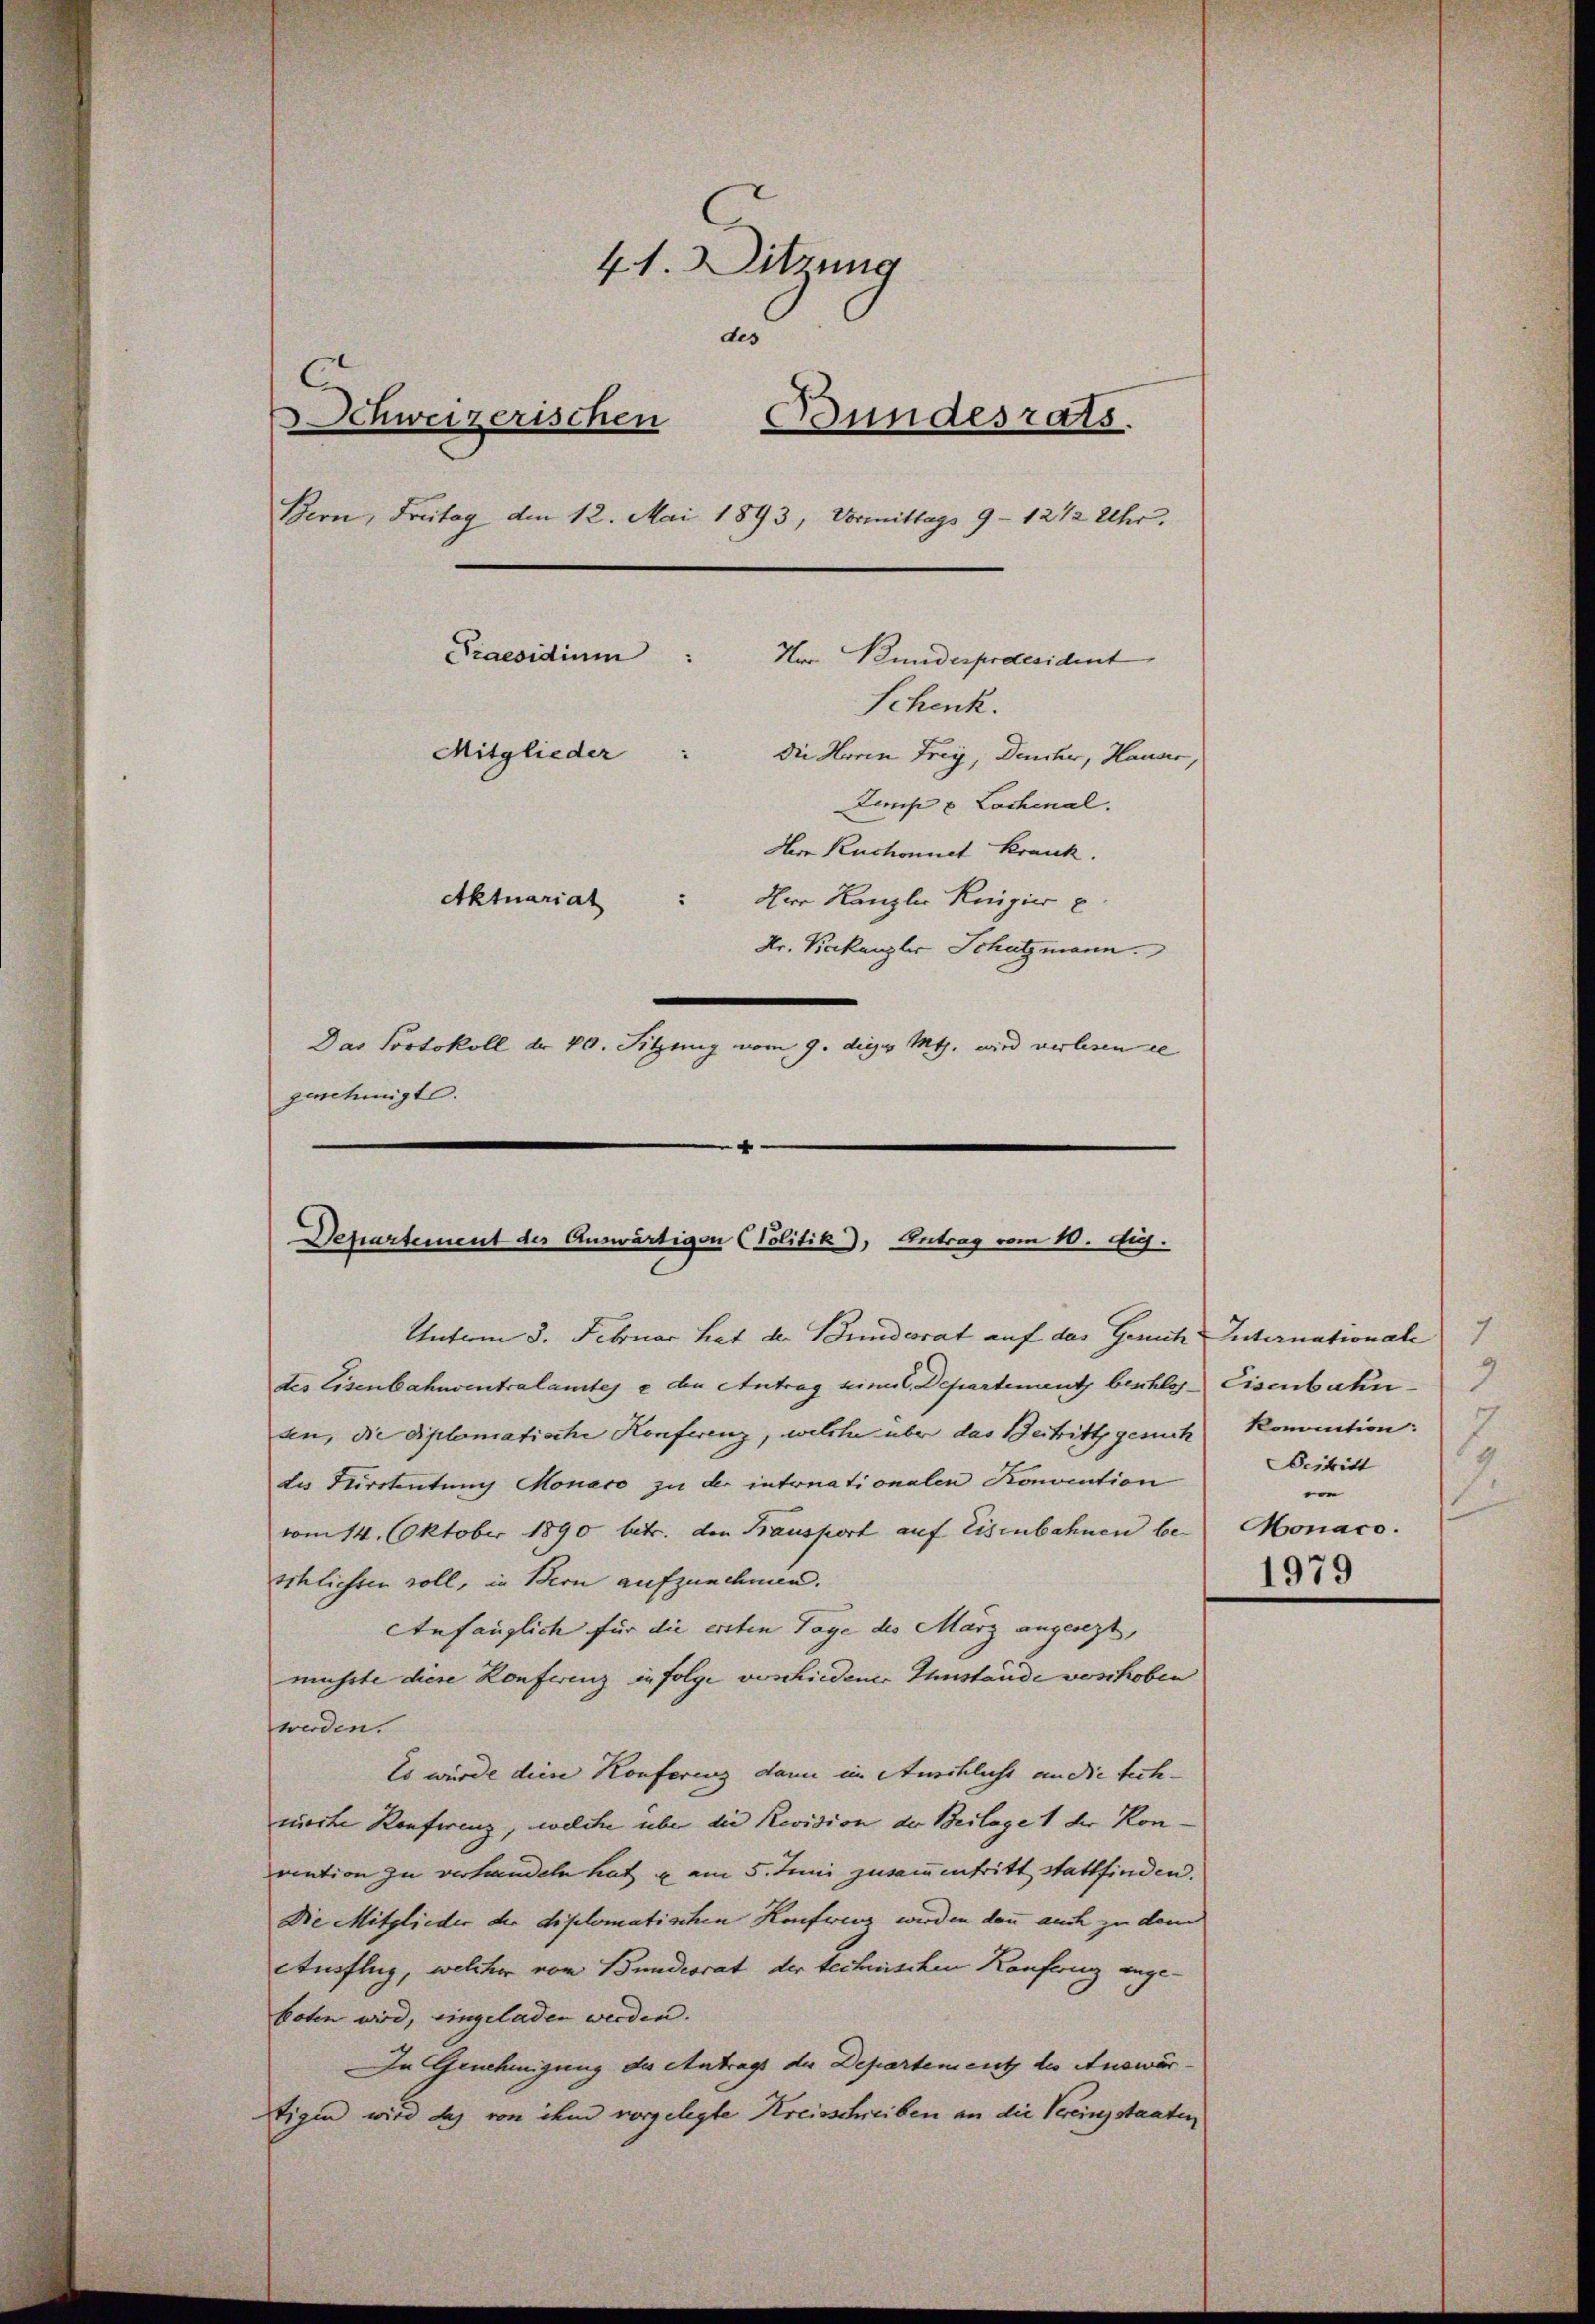
41. Sitzung
des
C.
Schweizerischen
Bundesrats.
Bern, Freitag den 12. Mai 1893, Vormittags 9 - 1212 Uhr.
Praesidium
Nor Bunderpraesident
Schenk.
Mitglieder
die Horen Frey, Deucher, Hauser,
Lumpe u Lachenal.
Hrn Ruchonnet Krank.
Aktuariat
Der Kanzlei Regier E
kr. Kakanzler Schatzmann.
Das Portokoll der 20. Sitzung vom 9. die M. wird verlesen de
genehmigte.

Unterm 3. Februar hat der Bundesrat auf das Gerich
des Eisenbahnventralamtes e den Antrag seines C. Departement beschlos Eisenbahnsen, die Diplomatische Konferenz, welche über das Beitritt gesuch
des Kirchentung Monaco zu der intonationalen Konvention
vom 14. Oktober 1890 betr. den Hausport auf Eisenbahnen be-
schlichten soll, in Bern aufzunehmen.
Anfänglich für die ersten Tage des März angesezt,
müsste diese Konferenz in folge verschiedener Instande vorhoben
werden.
Es würde dien Konferenz dann im Auschlicht an die tech-
nierte Konferenz, welche über die Revision der Beilage 1 der Konvation zu verhandeln hat u am 5. Juni zusammentritt stattfinden.
Die Mitglieder der diplomatischen Konfweng werden dann auch zu dem
Ausflug, welcher vom Bundesrat der technischen Konferenz angeboten wird, eingeladen werden.
In Genehmigung des Antrag der Departement der Auswärtigen wird das von ihm vorgelegte Kreisschreiben an die Vereinsstaaten

Departement der Auswärtigen (Politik), Antrag vom 10. Ju

7.
Internationale
2
konvention:
7
Beitritt
1
e
Monaco.
1979